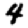
Digit: 4